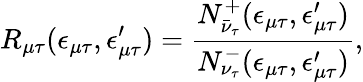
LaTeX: R_{\mu\tau}(\epsilon_{\mu\tau},\epsilon_{\mu\tau}^{\prime})=\frac{N_{\bar{\nu}_{\tau}}^{+}(\epsilon_{\mu\tau},\epsilon_{\mu\tau}^{\prime})}{N_{\nu_{\tau}}^{-}(\epsilon_{\mu\tau},\epsilon_{\mu\tau}^{\prime})},